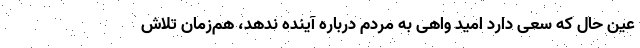
عین حال که سعی دارد امید واهی به مردم درباره آینده ندهد، هم‌زمان تلاش